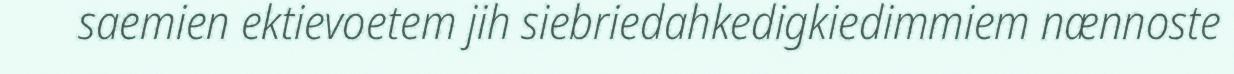
saemien ektievoetem jih siebriedahkedigkiedimmiem nænnoste